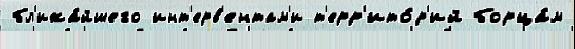
бл'ижа́йшего инт'ерв'ентам'и т'ерр'ито́р'ий борца́м